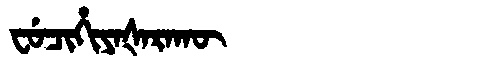
Manchu: ᠸᡠᠴᡳᡥᡳᠶᠠᡧᠠᡵᠠᡴᡡ
Romanization: FUCIHIYAŠARAKŪ